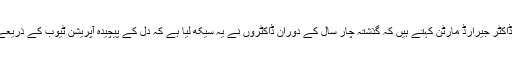
امراض قلب کے ایک ماہر ڈاکٹر جیرارڈ مارٹن کہتے ہیں کہ گذشتہ چار سال کے دوران ڈاکٹروں نے یہ سیکھ لیا ہے کہ دل کے پیچیدہ آپریشن ٹیوب کے ذریعے کیسے کیے جاسکتے ہیں۔